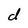
Character: d